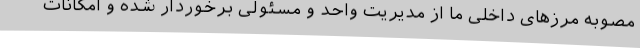
مصوبه مرزهای داخلی ما از مدیریت واحد و مسئولی برخوردار شده و امکانات